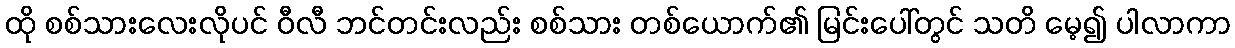
ထို စစ်သားလေးလိုပင် ဝီလီ ဘင်တင်းလည်း စစ်သား တစ်ယောက်၏ မြင်းပေါ်တွင် သတိ မေ့၍ ပါလာကာ